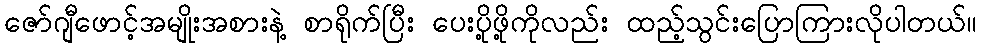
ဇော်ဂျီဖောင့်အမျိုးအစားနဲ့ စာရိုက်ပြီး ပေးပို့ဖို့ကိုလည်း ထည့်သွင်းပြောကြားလိုပါတယ်။